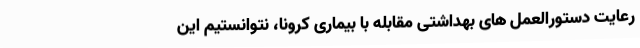
رعایت دستورالعمل های بهداشتی مقابله با بیماری کرونا، نتوانستیم این